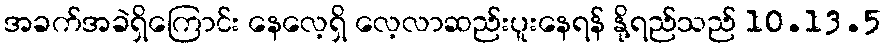
အခက်အခဲရှိကြောင်း နေလေ့ရှိ လေ့လာဆည်းပူးနေရန် နို့ရည်သည် 10.13.5